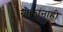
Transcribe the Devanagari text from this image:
नौकांनाही